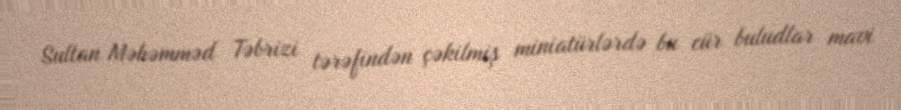
Sultan Məhəmməd Təbrizi tərəfindən çəkilmiş miniatürlərdə bu cür buludlar mavi